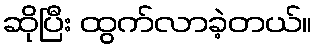
ဆိုပြီး ထွက်လာခဲ့တယ်။